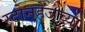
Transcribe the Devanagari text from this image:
स्टोनहेंजच्या